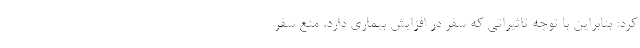
کرد: بنابراین با توجه تاثیراتی که سفر در افزایش بیماری دارد، منع سفر